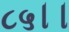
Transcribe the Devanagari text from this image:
८५।।